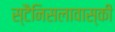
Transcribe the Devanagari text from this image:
स्टैनिसलावास्की